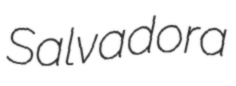
Salvadora